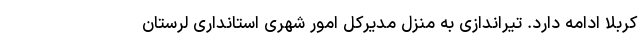
کربلا ادامه دارد. تیراندازی به منزل مدیرکل امور شهری استانداری لرستان